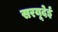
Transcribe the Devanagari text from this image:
सरयूदेई